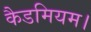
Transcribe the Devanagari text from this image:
कैडमियम।